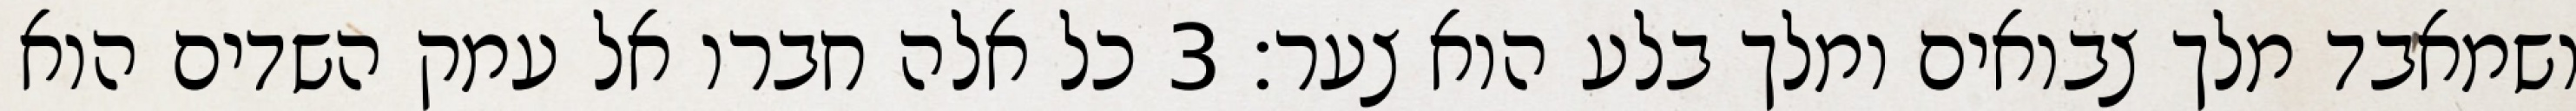
ושמאבד מלך צבואים ומלך בלע הוא צער׃ ‎3‏ כל אלה חברו אל עמק השדים הוא